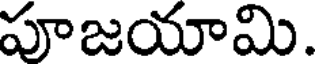
పూజయామి.